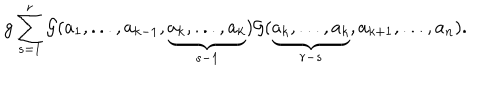
g \sum _ { s = 1 } ^ { r } { { \cal G } } ( a _ { 1 } , . . . , a _ { k - 1 } , \underbrace { a _ { k } , . . . , a _ { k } } _ { s - 1 } ) { { \cal G } } ( \underbrace { a _ { k } , . . . , a _ { k } } _ { r - s } , a _ { k + 1 } , . . . , a _ { n } ) .